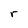
Character: r